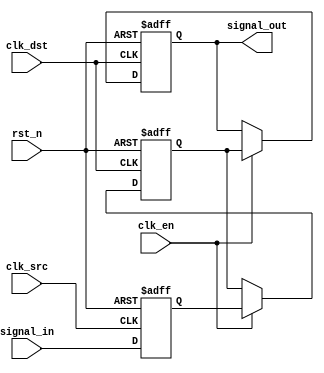
module signal_crossing_synchronizer #(
    parameter STAGES = 2  // Number of synchronizer stages (2 or 3)
)(
    input wire clk_src,          // Source clock
    input wire clk_dst,          // Destination clock
    input wire rst_n,            // Asynchronous reset (active low)
    input wire clk_en,           // Clock enable (optional)
    input wire signal_in,        // Input signal from source clock domain
    output reg signal_out        // Synchronized output signal in destination clock domain
);

    // Intermediate registers for synchronizer stages
    reg [STAGES-1:0] sync_reg;

    // Input flip-flop (capturing signal in source clock domain)
    always @(posedge clk_src or negedge rst_n) begin
        if (!rst_n) begin
            sync_reg[0] <= 1'b0;  // Reset the first stage
        end else begin
            sync_reg[0] <= signal_in;  // Capture input signal
        end
    end

    // Intermediate flip-flops (synchronizing to destination clock)
    genvar i;
    generate
        for (i = 1; i < STAGES; i = i + 1) begin : sync_stage
            always @(posedge clk_dst or negedge rst_n) begin
                if (!rst_n) begin
                    sync_reg[i] <= 1'b0;  // Reset the intermediate stages
                end else if (clk_en) begin
                    sync_reg[i] <= sync_reg[i-1];  // Pass the signal to the next stage
                end
            end
        end
    endgenerate

    // Output flip-flop (final synchronized output)
    always @(posedge clk_dst or negedge rst_n) begin
        if (!rst_n) begin
            signal_out <= 1'b0;  // Reset the output
        end else if (clk_en) begin
            signal_out <= sync_reg[STAGES-1];  // Capture the final synchronized signal
        end
    end

endmodule